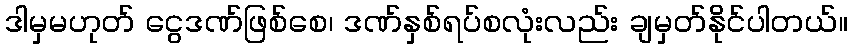
ဒါမှမဟုတ် ငွေဒဏ်ဖြစ်စေ၊ ဒဏ်နှစ်ရပ်စလုံးလည်း ချမှတ်နိုင်ပါတယ်။